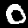
Digit: 0